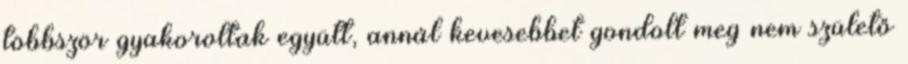
többször gyakoroltak együtt, annál kevesebbet gondolt meg nem születő